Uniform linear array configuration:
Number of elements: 16
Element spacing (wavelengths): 0.25
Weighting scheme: cosine
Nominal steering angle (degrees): -45
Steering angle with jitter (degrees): -44.855
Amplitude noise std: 0.05
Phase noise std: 0.05

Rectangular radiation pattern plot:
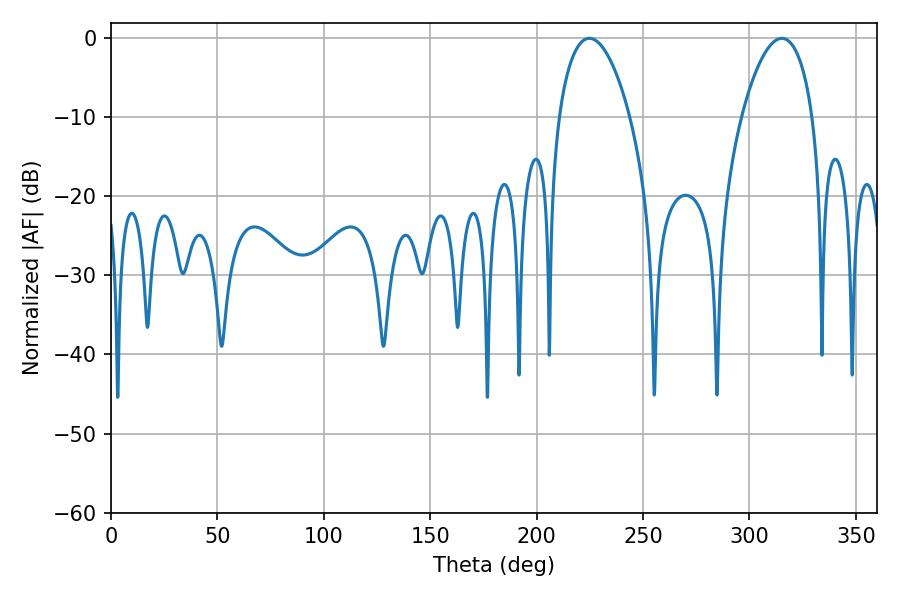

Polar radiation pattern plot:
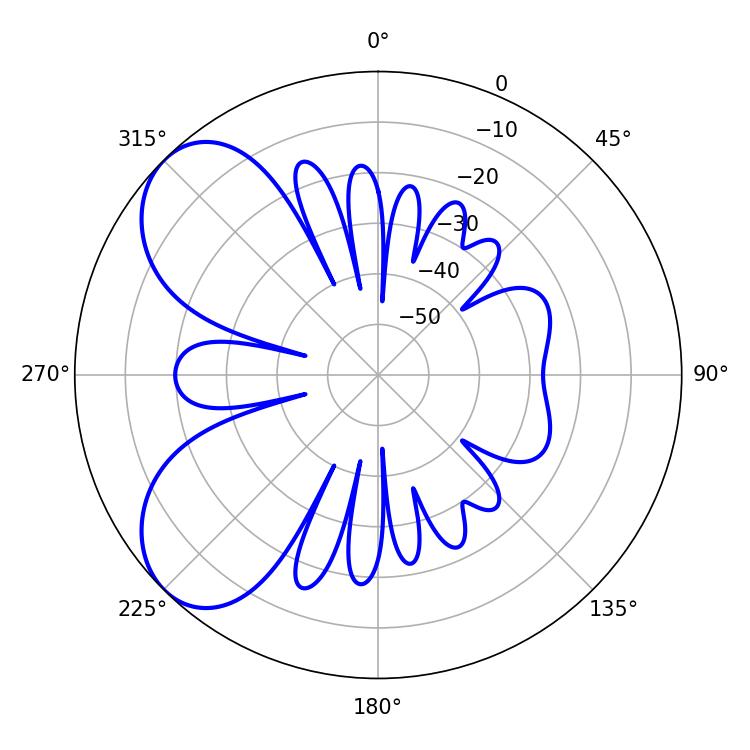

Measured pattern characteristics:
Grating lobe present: FALSE
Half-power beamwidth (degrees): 18.72
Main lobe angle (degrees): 224.82